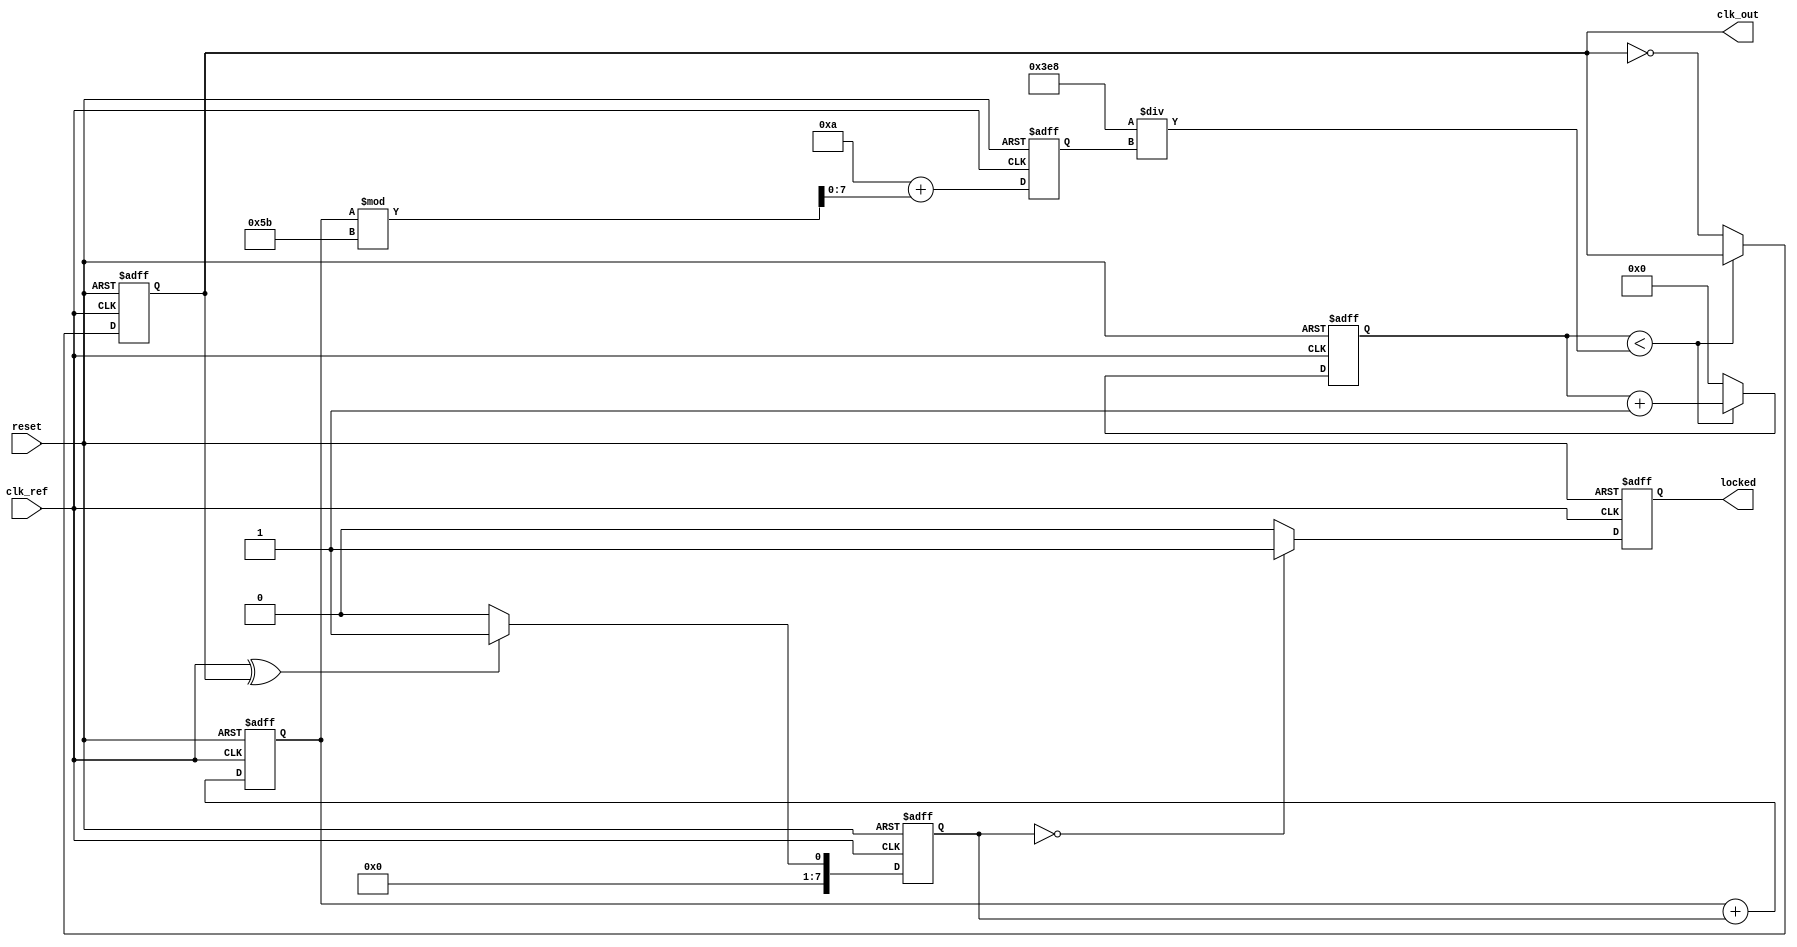
module linear_pll (
    input wire clk_ref,            // Reference clock input
    input wire reset,              // Asynchronous reset
    output reg clk_out,            // Output clock
    output reg locked              // Lock status indicator
);

// Parameters
parameter integer VCO_MAX_FREQ = 100; // Max frequency of VCO
parameter integer VCO_MIN_FREQ = 10;   // Min frequency of VCO
parameter integer DIVIDER = 2;          // Feedback divider

// Internal signals
reg [7:0] phase_error;              // Phase error signal
reg [7:0] control_voltage;           // Control voltage from loop filter
reg [7:0] vco_output;                // VCO output frequency
reg [31:0] counter;                  // Counter for VCO simulation
reg [31:0] vco_counter;              // VCO frequency divider counter

// Phase Detector (PD)
always @(posedge clk_ref or posedge reset) begin
    if (reset) begin
        phase_error <= 0;
    end else begin
        // Simple XOR phase detector
        phase_error <= (clk_ref ^ clk_out) ? 8'd1 : 8'd0; // Phase error signal
    end
end

// Loop Filter (LF)
always @(posedge clk_ref or posedge reset) begin
    if (reset) begin
        control_voltage <= 0;
    end else begin
        // Simple integral filter
        control_voltage <= control_voltage + phase_error; // Integrate phase error
    end
end

// Voltage-Controlled Oscillator (VCO)
always @(posedge clk_ref or posedge reset) begin
    if (reset) begin
        vco_output <= VCO_MIN_FREQ; // Start at minimum frequency
        counter <= 0;
        vco_counter <= 0;
        clk_out <= 0;
        locked <= 0;
    end else begin
        // Adjust VCO output frequency based on control voltage
        vco_output <= VCO_MIN_FREQ + control_voltage[7:0] % (VCO_MAX_FREQ - VCO_MIN_FREQ + 1);
        
        // Simulate VCO output clock
        if (vco_counter < (1000 / vco_output)) begin
            vco_counter <= vco_counter + 1;
        end else begin
            clk_out <= ~clk_out; // Toggle output clock
            vco_counter <= 0;
        end
        
        // Check for lock condition (simple check)
        if (phase_error == 0) begin
            locked <= 1; // PLL is locked
        end else begin
            locked <= 0; // PLL is not locked
        end
    end
end

endmodule